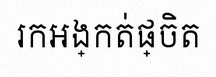
រកអង្កត់ផ្ចិត